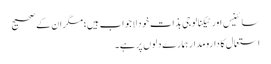
سائینس اور ٹیکنالوجی بذات خود لاجواب ہیں؛ مگر ان کے صحیح
استعمال کا دارومدار ہمارے دلوں پر ہے۔